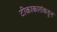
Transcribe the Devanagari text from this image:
टीकाकारांकडून